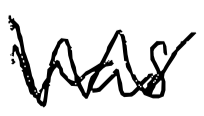
Text: was
Cross-out: zig-zag
Writing tool: digital_black